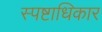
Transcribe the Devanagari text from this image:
स्पष्टाधिकार